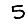
Digit: 5